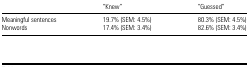
<table><thead><tr><td></td><td><b>“Knew”</b></td><td><b>“Guessed”</b></td></tr></thead><tbody><tr><td>Meaningful sentences</td><td>19.7% (SEM: 4.5%)</td><td>80.3% (SEM: 4.5%)</td></tr><tr><td>Nonwords</td><td>17.4% (SEM: 3.4%)</td><td>82.6% (SEM: 3.4%)</td></tr></tbody></table>